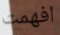
افهمت